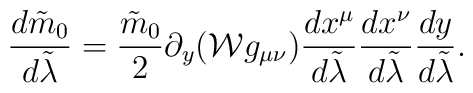
{{d\tilde{m}_0}\over{d\tilde{\lambda}}}={{\tilde{m}_0}\over{2}}\partial_y({\cal W}g_{\mu\nu}){{dx^{\mu}}\over{d\tilde{\lambda}}}{{dx^{\nu}}\over{d\tilde{\lambda}}}{{dy}\over{d\tilde{\lambda}}}.